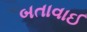
બતાવાઈ